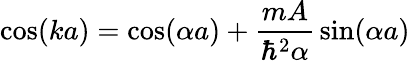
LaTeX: \cos(ka)=\cos(\alpha a)+{\frac{mA}{\hbar^{2}\alpha}}\sin(\alpha a)